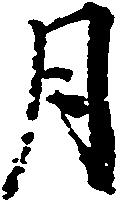
月